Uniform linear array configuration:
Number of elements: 24
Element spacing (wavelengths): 0.5
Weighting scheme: cosine
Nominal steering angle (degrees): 15
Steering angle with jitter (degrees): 15.034
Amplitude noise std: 0.05
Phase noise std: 0.05

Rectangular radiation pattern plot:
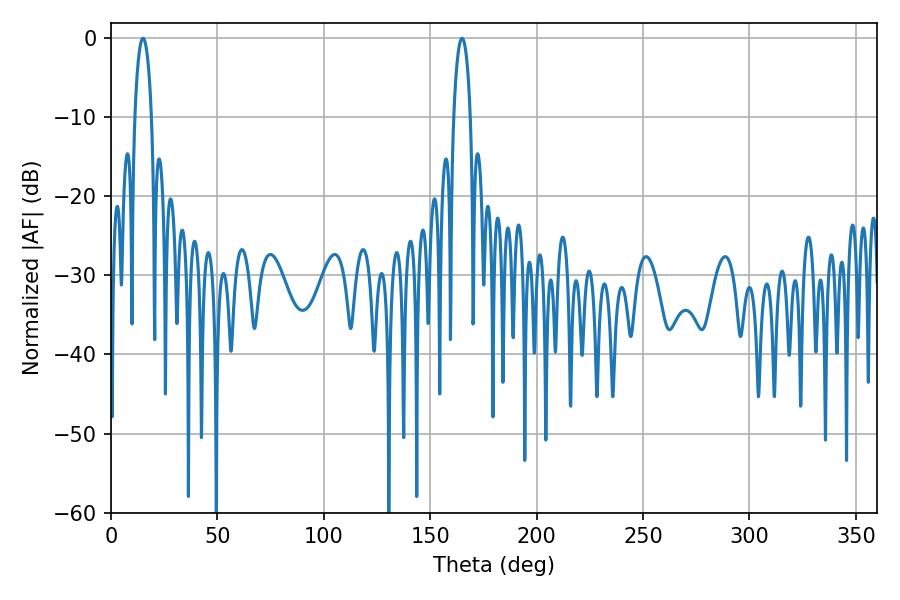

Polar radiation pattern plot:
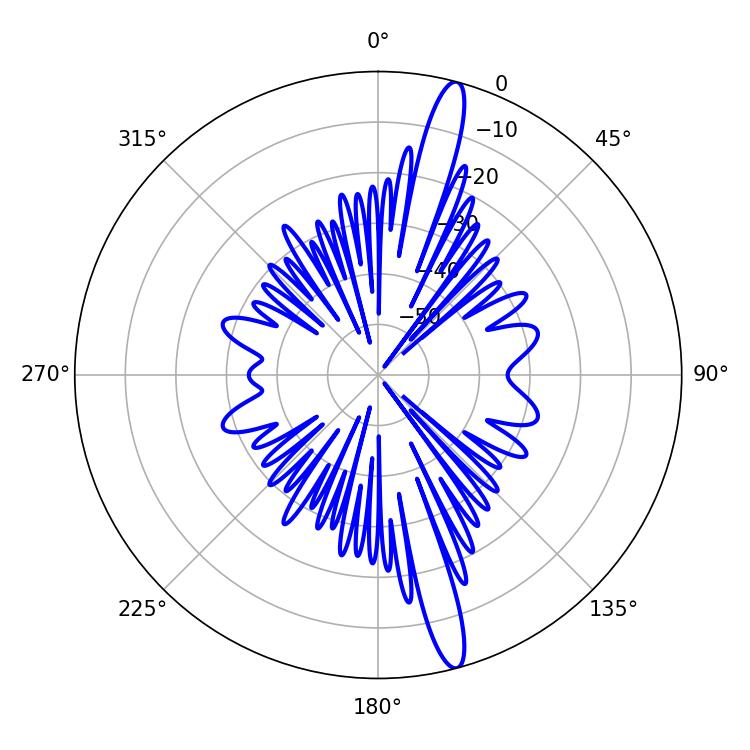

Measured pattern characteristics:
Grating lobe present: FALSE
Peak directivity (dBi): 16.472
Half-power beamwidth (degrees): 4.5
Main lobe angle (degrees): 15.12